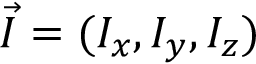
\vec { I } = ( I _ { x } , I _ { y } , I _ { z } )